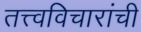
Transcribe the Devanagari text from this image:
तत्त्वविचारांची